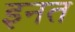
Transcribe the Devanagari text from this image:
इनत